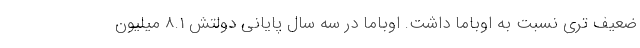
ضعیف تری نسبت به اوباما داشت. اوباما در سه سال پایانی دولتش 8.1 میلیون